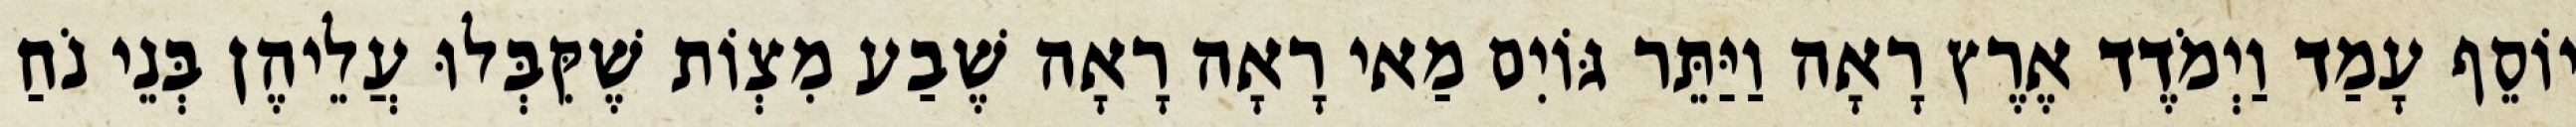
יוֹסֵף עָמַד וַיְמֹדֶד אֶרֶץ רָאָה וַיַּתֵּר גּוֹיִם מַאי רָאָה רָאָה שֶׁבַע מִצְוֹת שֶׁקִּבְּלוּ עֲלֵיהֶן בְּנֵי נֹחַ